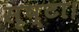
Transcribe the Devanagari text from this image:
सृष्टा।